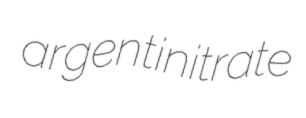
argentinitrate